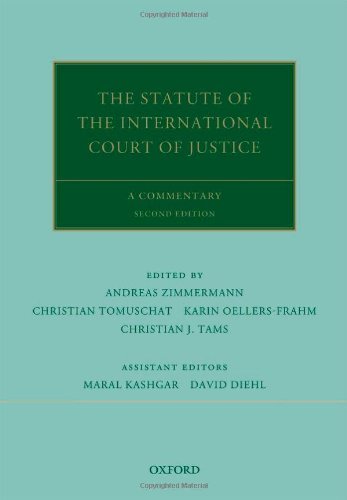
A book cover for The Statute of the International Court of Justice: A Commentary (Oxford Commentaries on International Law); Andreas Zimmermann; Law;